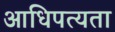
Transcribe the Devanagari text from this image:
आधिपत्यता